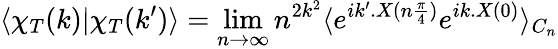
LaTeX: \langle\chi_{T}(k)|\chi_{T}(k^{\prime})\rangle=\operatorname*{lim}_{n\to\infty}n^{2k^{2}}\langle e^{ik^{\prime}.X(n\frac{\pi}{4})}e^{ik.X(0)}\rangle_{C_{n}}